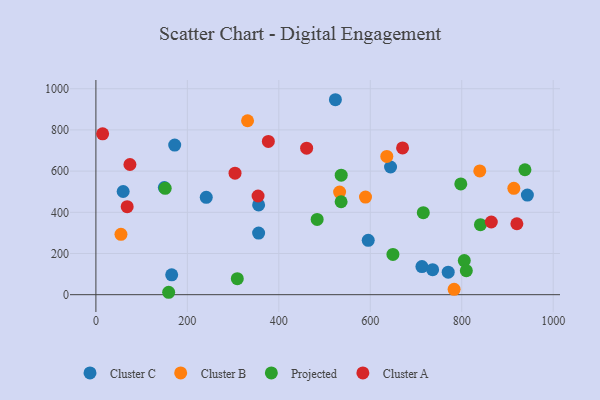
{"axis": {"x": "Experience", "y": "Yield"}, "legend": ["Cluster A", "Cluster B", "Cluster C", "Projected"], "data": [{"x": "943.5", "y": 483.4, "type": "Cluster C"}, {"x": "59.6", "y": 500.9, "type": "Cluster C"}, {"x": "165.7", "y": 96.2, "type": "Cluster C"}, {"x": "770.4", "y": 109.5, "type": "Cluster C"}, {"x": "523.7", "y": 946.6, "type": "Cluster C"}, {"x": "355.8", "y": 436.0, "type": "Cluster C"}, {"x": "712.9", "y": 136.6, "type": "Cluster C"}, {"x": "355.8", "y": 299.1, "type": "Cluster C"}, {"x": "149.6", "y": 520.5, "type": "Cluster C"}, {"x": "736.3", "y": 121.5, "type": "Cluster C"}, {"x": "595.5", "y": 263.9, "type": "Cluster C"}, {"x": "644.3", "y": 619.9, "type": "Cluster C"}, {"x": "241.3", "y": 472.9, "type": "Cluster C"}, {"x": "172.3", "y": 726.5, "type": "Cluster C"}, {"x": "913.9", "y": 516.6, "type": "Cluster B"}, {"x": "636.1", "y": 671.4, "type": "Cluster B"}, {"x": "331.6", "y": 844.4, "type": "Cluster B"}, {"x": "589.5", "y": 473.9, "type": "Cluster B"}, {"x": "532.9", "y": 498.0, "type": "Cluster B"}, {"x": "54.8", "y": 293.0, "type": "Cluster B"}, {"x": "783.3", "y": 26.1, "type": "Cluster B"}, {"x": "839.4", "y": 600.7, "type": "Cluster B"}, {"x": "536.2", "y": 451.3, "type": "Projected"}, {"x": "649.5", "y": 195.4, "type": "Projected"}, {"x": "797.9", "y": 537.7, "type": "Projected"}, {"x": "309.2", "y": 77.8, "type": "Projected"}, {"x": "840.9", "y": 340.1, "type": "Projected"}, {"x": "159.1", "y": 11.7, "type": "Projected"}, {"x": "938.2", "y": 606.5, "type": "Projected"}, {"x": "805.5", "y": 165.8, "type": "Projected"}, {"x": "151.5", "y": 516.5, "type": "Projected"}, {"x": "536.4", "y": 580.5, "type": "Projected"}, {"x": "810.0", "y": 116.8, "type": "Projected"}, {"x": "715.9", "y": 398.3, "type": "Projected"}, {"x": "483.8", "y": 365.6, "type": "Projected"}, {"x": "460.8", "y": 711.6, "type": "Cluster A"}, {"x": "354.6", "y": 479.1, "type": "Cluster A"}, {"x": "670.6", "y": 712.6, "type": "Cluster A"}, {"x": "304.2", "y": 590.1, "type": "Cluster A"}, {"x": "74.4", "y": 632.0, "type": "Cluster A"}, {"x": "14.7", "y": 781.2, "type": "Cluster A"}, {"x": "864.6", "y": 352.8, "type": "Cluster A"}, {"x": "377.1", "y": 744.2, "type": "Cluster A"}, {"x": "68.4", "y": 427.2, "type": "Cluster A"}, {"x": "920.5", "y": 344.5, "type": "Cluster A"}]}